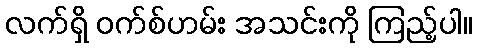
လက်ရှိ ဝက်စ်ဟမ်း အသင်းကို ကြည့်ပါ။